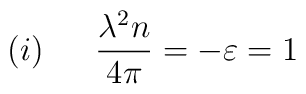
(i)\:\:\:\:\:\:\:{{\lambda^2n}\over{4\pi}}=-\varepsilon = 1